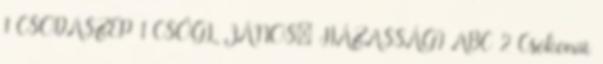
1 CSODASZÉP 1 CSŐGL JÁNOS: HÁZASSÁGI ABC 2 Csokonai